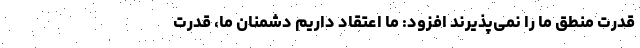
قدرت منطق ما را نمی‌پذیرند افزود: ما اعتقاد داریم دشمنان ما، قدرت